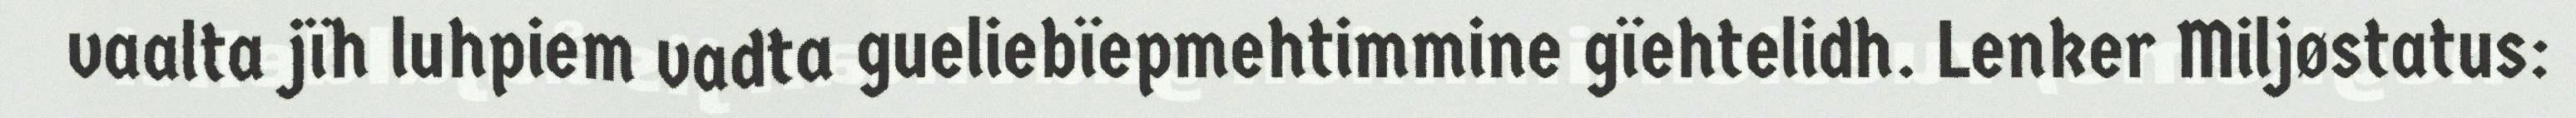
vaalta jïh luhpiem vadta gueliebïepmehtimmine gïehtelidh. Lenker Miljøstatus: